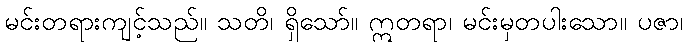
မင်းတရားကျင့်သည်။ သတိ၊ ရှိသော်။ ဣတရာ၊ မင်းမှတပါးသော။ ပဇာ၊